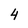
Character: 4